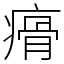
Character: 㾶